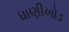
ધાણીખોડ